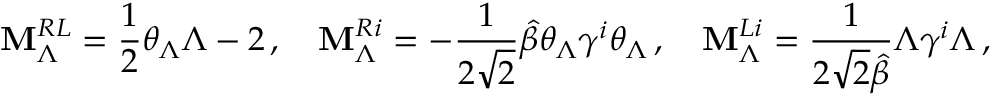
{ \bf M } _ { \Lambda } ^ { R L } = \frac { 1 } { 2 } \theta _ { \Lambda } \Lambda - 2 \, , \quad { \bf M } _ { \Lambda } ^ { R i } = - \frac { 1 } { 2 \sqrt { 2 } } \hat { \beta } \theta _ { \Lambda } \gamma ^ { i } \theta _ { \Lambda } \, , \quad { \bf M } _ { \Lambda } ^ { L i } = \frac { 1 } { 2 \sqrt { 2 } \hat { \beta } } \Lambda \gamma ^ { i } \Lambda \, ,